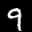
Label: 9